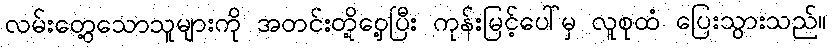
လမ်းတွေ့သောသူများကို အတင်းတို့ဝှေ့ပြီး ကုန်းမြင့်ပေါ်မှ လူစုထံ ပြေးသွားသည်။